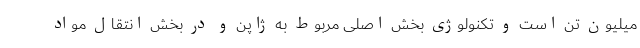
میلیون تن است و تکنولوژی بخش اصلی مربوط به ژاپن و در بخش انتقال مواد